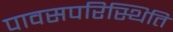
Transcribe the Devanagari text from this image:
पावसपरिस्थिति